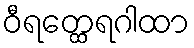
ဝီရတ္ထေရဂါထာ